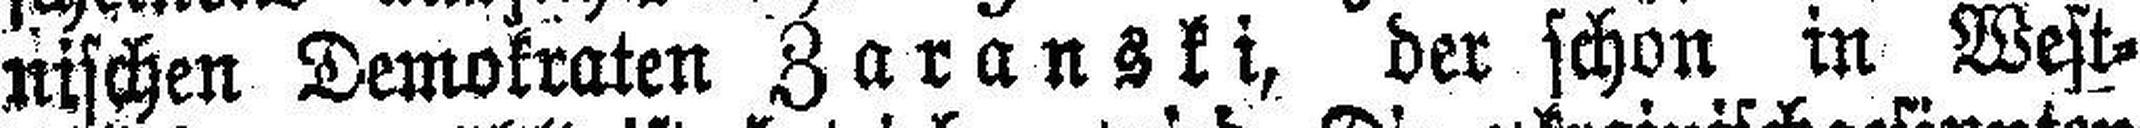
nischen Demokraten Zaranski, der schon in West¬